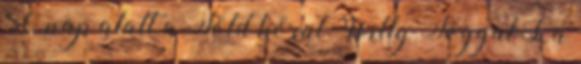
80 nap alatt a Föld körül Willy Foggal La